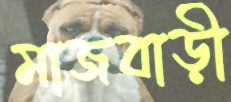
মাজবাড়ী